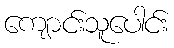
ကျောင်းသူပေါင်း